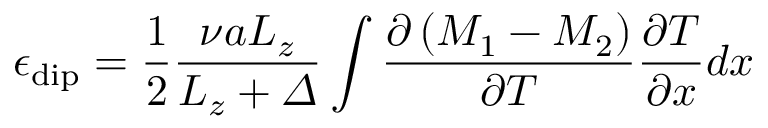
\epsilon _ { \mathrm { d i p } } = \frac { 1 } { 2 } \frac { \nu a L _ { z } } { L _ { z } + \varDelta } \int { \frac { \partial \left( M _ { 1 } - M _ { 2 } \right) } { \partial T } \frac { \partial T } { \partial x } d x }